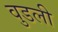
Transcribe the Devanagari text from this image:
वुडली